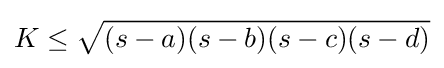
K\leq {\sqrt {(s-a)(s-b)(s-c)(s-d)}}